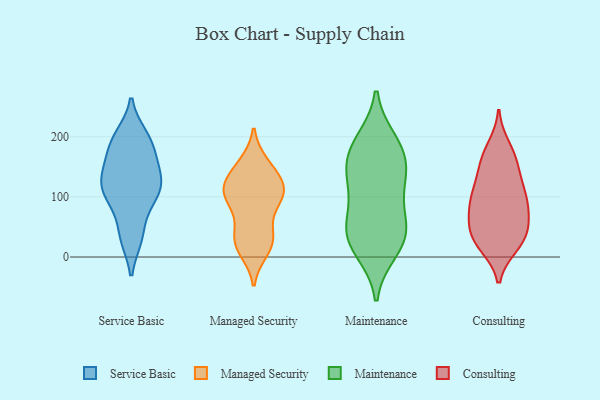
{"axis": {"x": "Churn Rate (%)", "y": "Value"}, "legend": ["Consulting", "Maintenance", "Managed Security", "Service Basic"], "data": [{"x": "", "y": 175, "type": "Service Basic"}, {"x": "", "y": 93, "type": "Service Basic"}, {"x": "", "y": 192, "type": "Service Basic"}, {"x": "", "y": 114, "type": "Service Basic"}, {"x": "", "y": 125, "type": "Service Basic"}, {"x": "", "y": 126, "type": "Service Basic"}, {"x": "", "y": 86, "type": "Service Basic"}, {"x": "", "y": 159, "type": "Service Basic"}, {"x": "", "y": 33, "type": "Service Basic"}, {"x": "", "y": 195, "type": "Service Basic"}, {"x": "", "y": 35, "type": "Service Basic"}, {"x": "", "y": 150, "type": "Service Basic"}, {"x": "", "y": 195, "type": "Service Basic"}, {"x": "", "y": 118, "type": "Service Basic"}, {"x": "", "y": 141, "type": "Service Basic"}, {"x": "", "y": 34, "type": "Service Basic"}, {"x": "", "y": 114, "type": "Service Basic"}, {"x": "", "y": 200, "type": "Service Basic"}, {"x": "", "y": 104, "type": "Service Basic"}, {"x": "", "y": 139, "type": "Managed Security"}, {"x": "", "y": 124, "type": "Managed Security"}, {"x": "", "y": 114, "type": "Managed Security"}, {"x": "", "y": 20, "type": "Managed Security"}, {"x": "", "y": 121, "type": "Managed Security"}, {"x": "", "y": 98, "type": "Managed Security"}, {"x": "", "y": 100, "type": "Managed Security"}, {"x": "", "y": 55, "type": "Managed Security"}, {"x": "", "y": 107, "type": "Managed Security"}, {"x": "", "y": 103, "type": "Managed Security"}, {"x": "", "y": 154, "type": "Managed Security"}, {"x": "", "y": 90, "type": "Managed Security"}, {"x": "", "y": 155, "type": "Managed Security"}, {"x": "", "y": 11, "type": "Managed Security"}, {"x": "", "y": 28, "type": "Managed Security"}, {"x": "", "y": 36, "type": "Managed Security"}, {"x": "", "y": 22, "type": "Managed Security"}, {"x": "", "y": 27, "type": "Maintenance"}, {"x": "", "y": 12, "type": "Maintenance"}, {"x": "", "y": 41, "type": "Maintenance"}, {"x": "", "y": 173, "type": "Maintenance"}, {"x": "", "y": 191, "type": "Maintenance"}, {"x": "", "y": 150, "type": "Maintenance"}, {"x": "", "y": 45, "type": "Maintenance"}, {"x": "", "y": 181, "type": "Maintenance"}, {"x": "", "y": 45, "type": "Maintenance"}, {"x": "", "y": 92, "type": "Maintenance"}, {"x": "", "y": 131, "type": "Maintenance"}, {"x": "", "y": 125, "type": "Maintenance"}, {"x": "", "y": 142, "type": "Consulting"}, {"x": "", "y": 39, "type": "Consulting"}, {"x": "", "y": 19, "type": "Consulting"}, {"x": "", "y": 183, "type": "Consulting"}, {"x": "", "y": 168, "type": "Consulting"}, {"x": "", "y": 26, "type": "Consulting"}, {"x": "", "y": 68, "type": "Consulting"}, {"x": "", "y": 168, "type": "Consulting"}, {"x": "", "y": 149, "type": "Consulting"}, {"x": "", "y": 19, "type": "Consulting"}, {"x": "", "y": 114, "type": "Consulting"}, {"x": "", "y": 82, "type": "Consulting"}, {"x": "", "y": 39, "type": "Consulting"}, {"x": "", "y": 34, "type": "Consulting"}, {"x": "", "y": 108, "type": "Consulting"}, {"x": "", "y": 55, "type": "Consulting"}, {"x": "", "y": 88, "type": "Consulting"}, {"x": "", "y": 97, "type": "Consulting"}, {"x": "", "y": 73, "type": "Consulting"}, {"x": "", "y": 111, "type": "Consulting"}]}